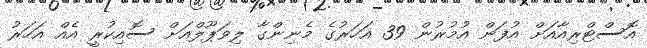
އޮސްޓްރިއާއަށް އުފަން އުމުރުން 39 އަހަރުގެ މެނިންގާ ލިވަޕޫލްއަށް ސޮއިކުރީ އެއް އަހަރު